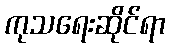
ကုသရေးဆိုင်ရာ